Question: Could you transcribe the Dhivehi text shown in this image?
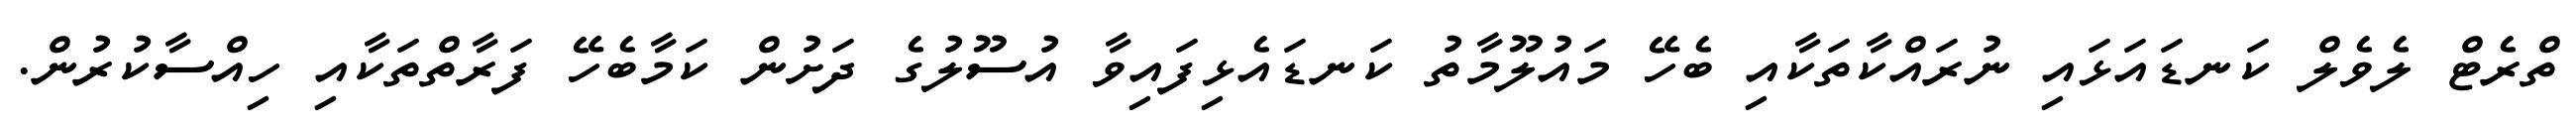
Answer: ތްރެޓް ލެވެލް ކަނޑައަޅައި ނުރައްކާތަކާއި ބެހޭ މައުލޫމާތު ކަނޑައެޅިފައިވާ އުސޫލުގެ ދަށުން ކަމާބެހޭ ފަރާތްތަކާއި ހިއްސާކުރުން.